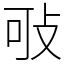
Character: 㪃